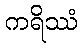
ကရိဿံ